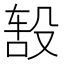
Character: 𬆦